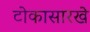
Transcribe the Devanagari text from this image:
टोकासारखे